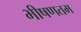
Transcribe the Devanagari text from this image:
भीषणतम